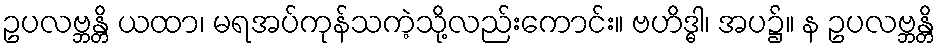
ဥပလဗ္ဘန္တိ ယထာ၊ မရအပ်ကုန်သကဲ့သို့လည်းကောင်း။ ဗဟိဒ္ဓါ၊ အပ၌။ န ဥပလဗ္ဘန္တိ